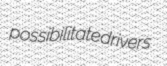
possibilitate drivers